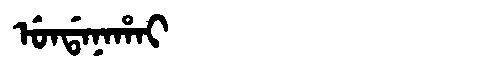
Manchu: ᡠᠨᡩᠠᠨᠠᡥᠠᡳ
Romanization: UNDANAHAI